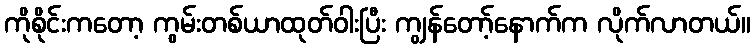
ကိုစိုင်းကတော့ ကွမ်းတစ်ယာထုတ်ဝါးပြီး ကျွန်တော့်နောက်က လိုက်လာတယ်။